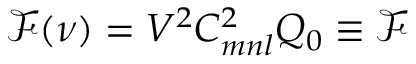
\mathcal { F } ( \nu ) = V ^ { 2 } C _ { m n l } ^ { 2 } Q _ { 0 } \equiv \mathcal { F }